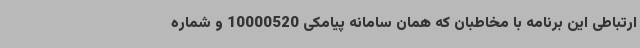
ارتباطی این برنامه با مخاطبان که همان سامانه پیامکی 10000520 و شماره